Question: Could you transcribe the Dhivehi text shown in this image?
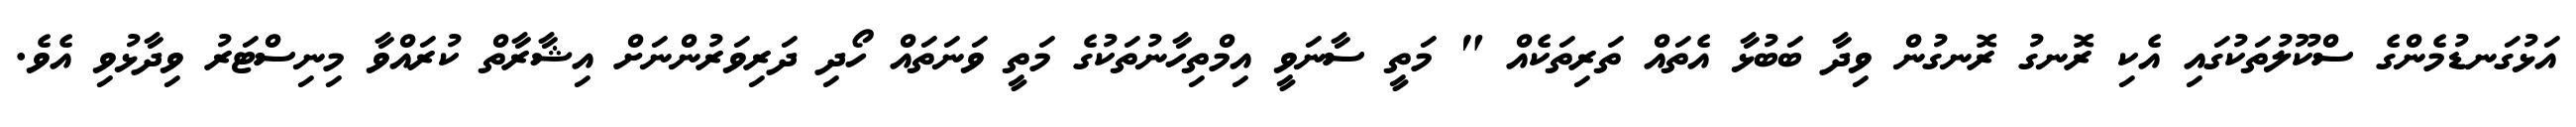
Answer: އަޅުގަނޑުމެންގެ ސްކޫލުތަކުގައި އެކި ރޮނގު ރޮނގުން ވިދާ ބަބުޅާ އެތައް ތަރިތަކެއް " މަތީ ސާނަވީ އިމްތިހާނުތަކުގެ މަތީ ވަނަތައް ހޯދި ދަރިވަރުންނަށް އިޝާރާތް ކުރައްވާ މިނިސްޓަރު ވިދާޅުވި އެވެ.